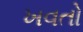
ખવતો